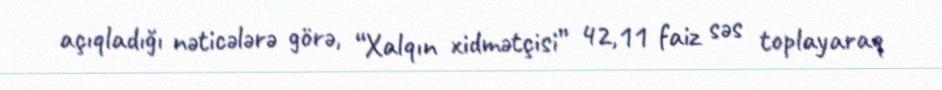
açıqladığı nəticələrə görə, “Xalqın xidmətçisi” 42,11 faiz səs toplayaraq